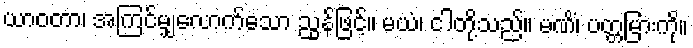
ယာဝတာ၊ အကြင်မျှလောက်သော ညွန်ဖြင့်။ မယံ၊ ငါတို့သည်။ မဏိံ၊ ပတ္တမြားကို။